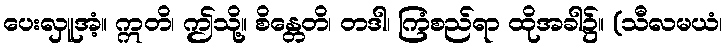
ပေးလှူအံ့။ ဣတိ၊ ဤသို့။ စိန္တေတိ၊ တဒါ၊ ကြံစည်ရာ ထိုအခါ၌။ (သီလမယံ၊